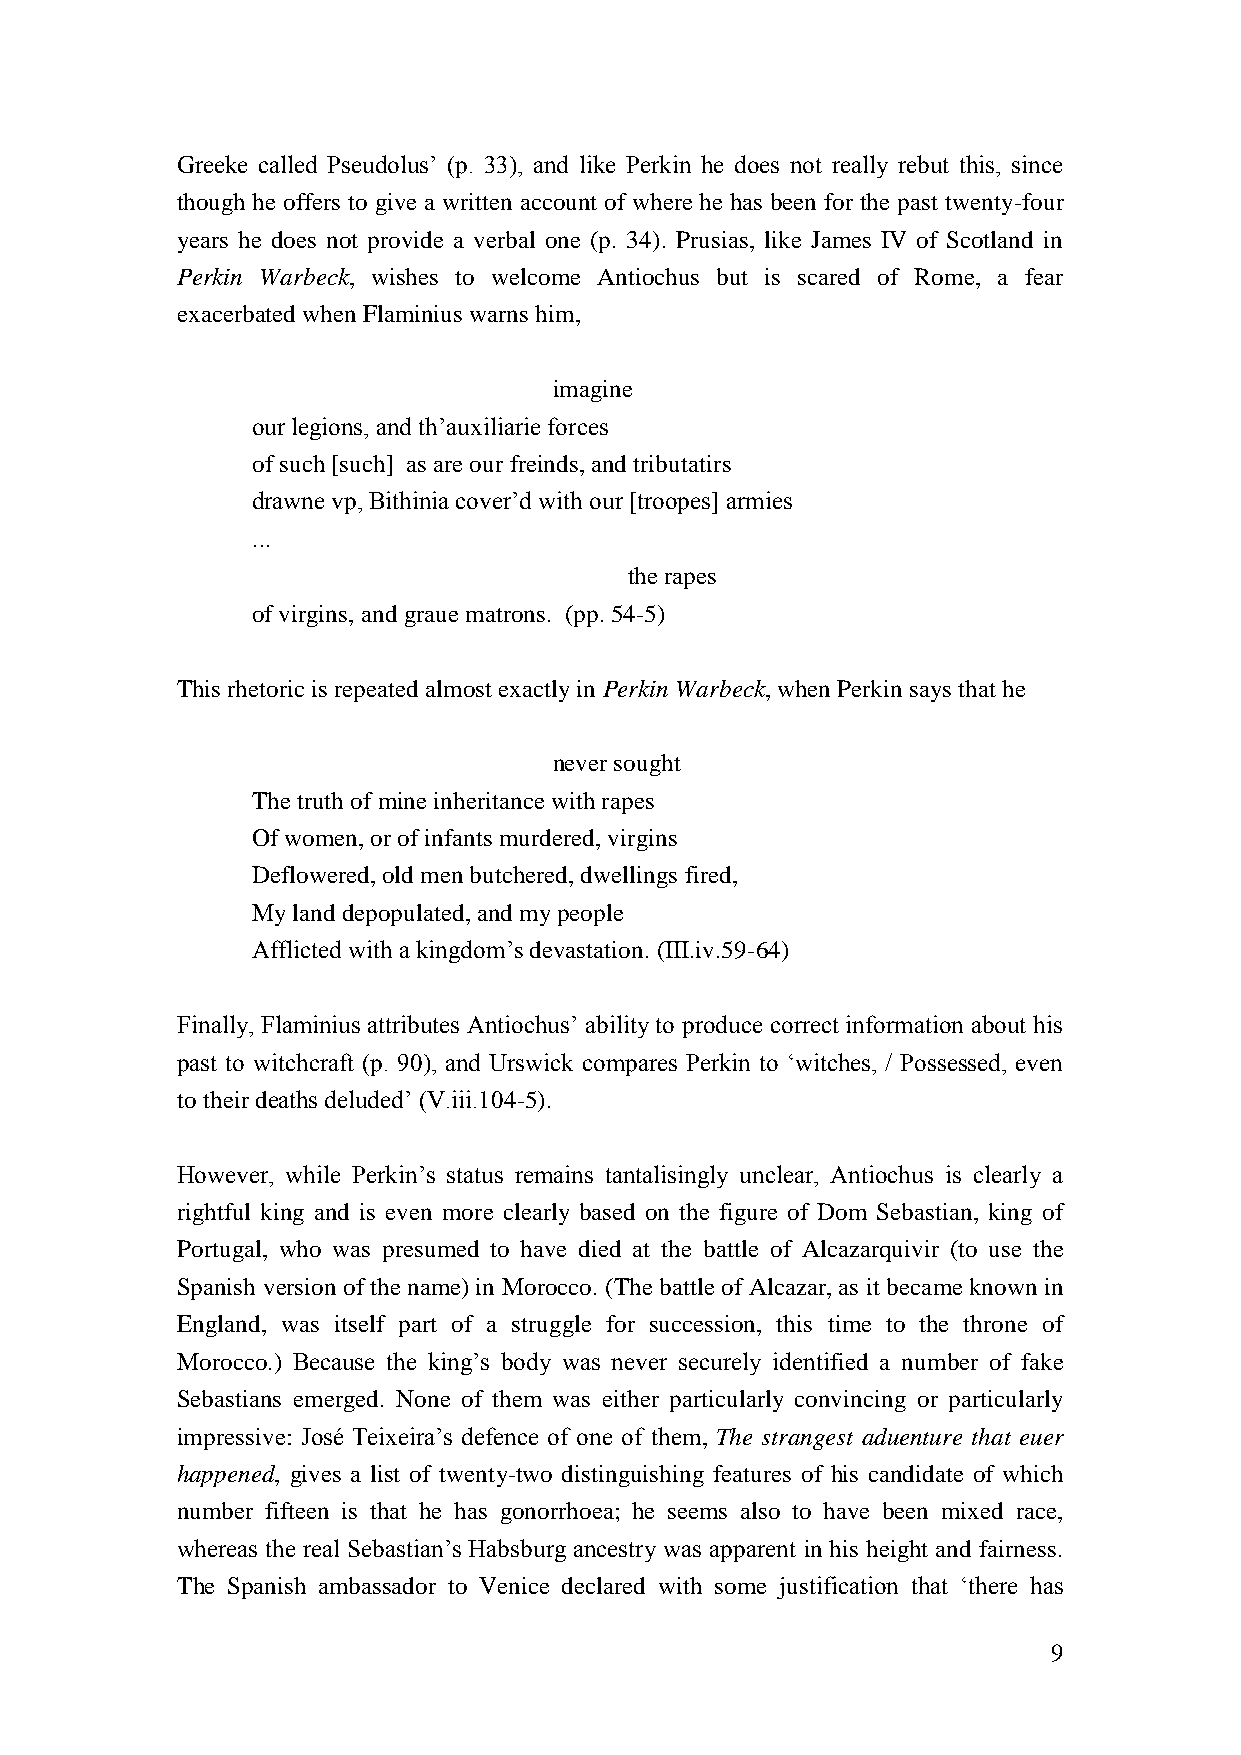
Greeke called Pseudolus’ (p. 33), and like Perkin he does not really rebut this, since
 though he offers to give a written account of where he has been for the past twenty-four
 years he does not provide a verbal one (p. 34). Prusias, like James IV of Scotland in
 Perkin Warbeck, wishes to welcome Antiochus but is scared of Rome, a fear
 exacerbated when Flaminius warns him,
 imagine
 our legions, and th’auxiliarie forces
 of such [such] as are our freinds, and tributatirs
 drawne vp, Bithinia cover’d with our [troopes] armies
 ...
 the rapes
 of virgins, and graue matrons. (pp. 54-5)
 This rhetoric is repeated almost exactly in Perkin Warbeck, when Perkin says that he
 never sought
 The truth of mine inheritance with rapes
 Of women, or of infants murdered, virgins
 Deflowered, old men butchered, dwellings fired,
 My land depopulated, and my people
 Afflicted with a kingdom’s devastation. (III.iv.59-64)
 Finally, Flaminius attributes Antiochus’ ability to produce correct information about his
 past to witchcraft (p. 90), and Urswick compares Perkin to ‘witches, / Possessed, even
 to their deaths deluded’ (V.iii.104-5).
 However, while Perkin’s status remains tantalisingly unclear, Antiochus is clearly a
 rightful king and is even more clearly based on the figure of Dom Sebastian, king of
 Portugal, who was presumed to have died at the battle of Alcazarquivir (to use the
 Spanish version of the name) in Morocco. (The battle of Alcazar, as it became known in
 England, was itself part of a struggle for succession, this time to the throne of
 Morocco.) Because the king’s body was never securely identified a number of fake
 Sebastians emerged. None of them was either particularly convincing or particularly
 impressive: José Teixeira’s defence of one of them, The strangest aduenture that euer
 happened, gives a list of twenty-two distinguishing features of his candidate of which
 number fifteen is that he has gonorrhoea; he seems also to have been mixed race,
 whereas the real Sebastian’s Habsburg ancestry was apparent in his height and fairness.
 The Spanish ambassador to Venice declared with some justification that ‘there has
 9